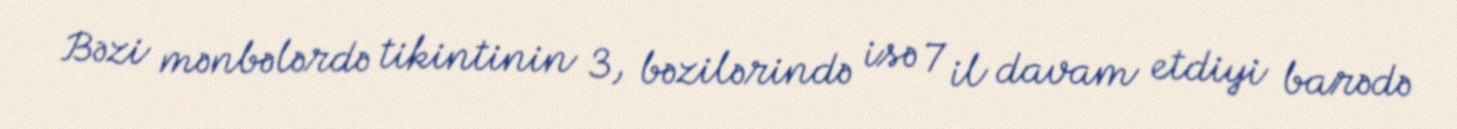
Bəzi mənbələrdə tikintinin 3, bəzilərində isə 7 il davam etdiyi barədə